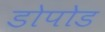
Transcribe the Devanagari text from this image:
डोपोड